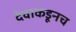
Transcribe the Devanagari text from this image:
देवाकडूनच